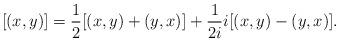
LaTeX: \begin{align*} [(x,y)] =\frac{1}{2}[(x,y) + (y,x)] + \frac{1}{2i}i[(x,y)-(y,x)]. \end{align*}